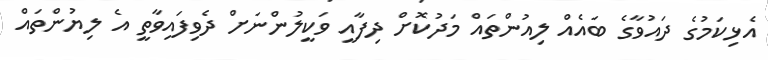
އެޅިކަމުގެ ދައުވާގެ ބައެއް ލިއުންތައް މަދުކޮށް ދިފާއީ ވަކީލުންނަށް ދެވިފައިވާތީ އެ ލިޔުންތައް